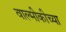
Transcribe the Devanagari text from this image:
वाल्मीकीच्या